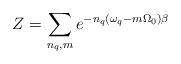
LaTeX: \begin{align*}Z = \sum_{n_q, m} e^{- n_q ( \omega_q - m \Omega_0 ) \beta }\end{align*}